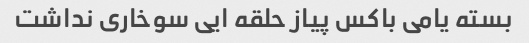
بسته یامی باکس پیاز حلقه ایی سوخاری نداشت